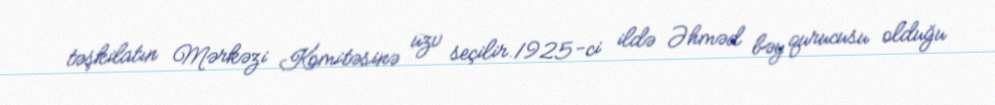
təşkilatın Mərkəzi Komitəsinə üzv seçilir.1925-ci ildə Əhməd bəy qurucusu olduğu